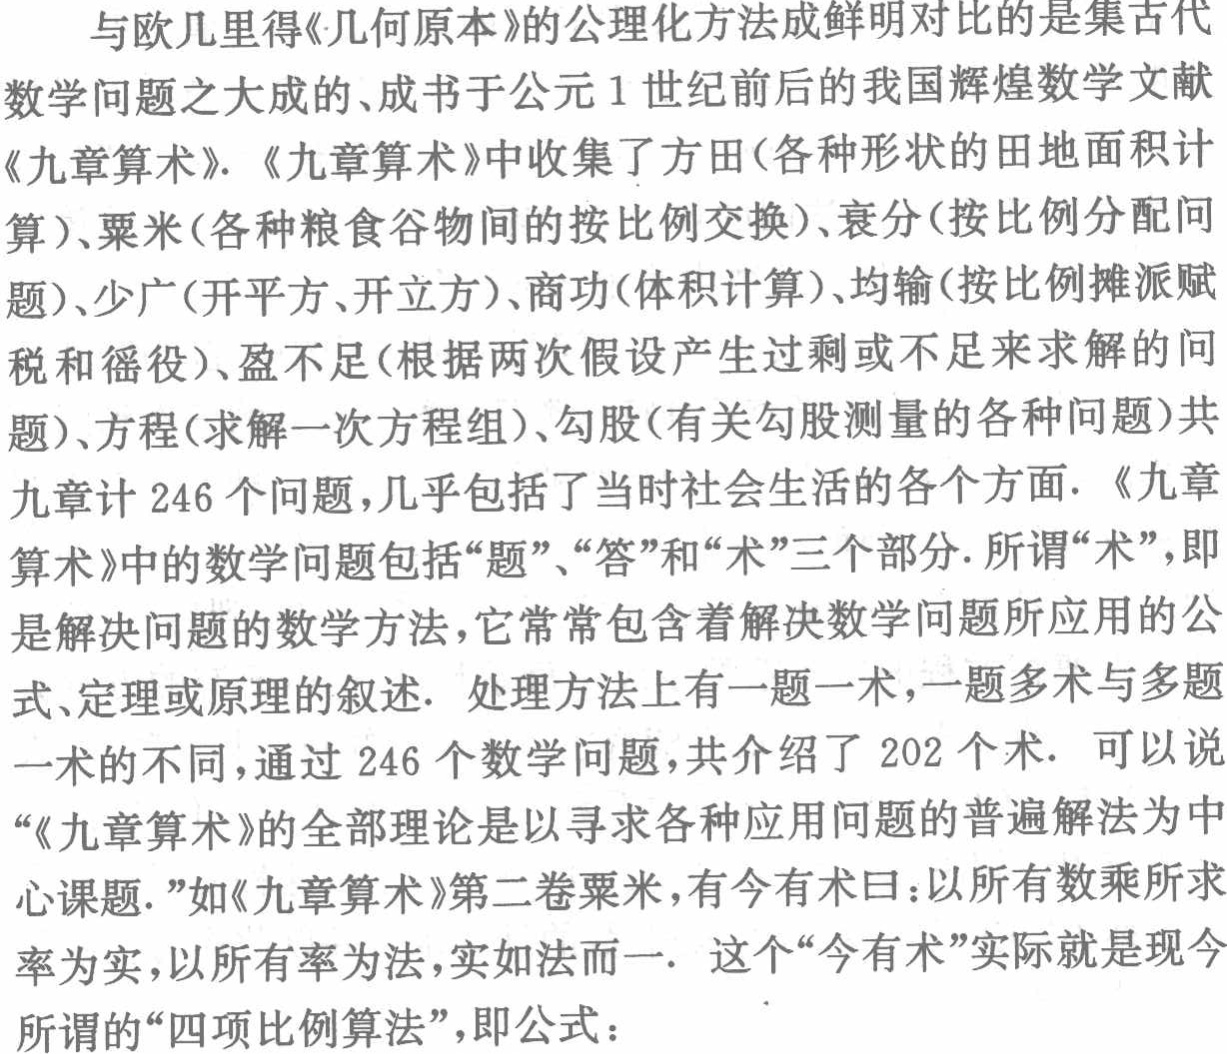
与欧几里得《几何原本》的公理化方法成鲜明对比的是集古代

数学问题之大成的、成书于公元1世纪前后的我国辉煌数学文献

《九章算术》. 《九章算术》中收集了方田(各种形状的田地面积计

算)、粟米(各种粮食谷物间的按比例交换)、衰分(按比例分配问

题)、少广(开平方、开立方)、商功(体积计算)、均输(按比例摊派赋

税和徭役)、盈不足(根据两次假设产生过剩或不足来求解的问

题)、方程(求解一次方程组)、勾股(有关勾股测量的各种问题)共

九章计246个问题，几乎包括了当时社会生活的各个方面. 《九章

算术》中的数学问题包括“题”、“答”和“术”三个部分. 所谓“术”，即

是解决问题的数学方法，它常常包含着解决数学问题所应用的公

式、定理或原理的叙述. 处理方法上有一题一术，一题多术与多题

一术的不同，通过246个数学问题，共介绍了202个术. 可以说

“《九章算术》的全部理论是以寻求各种应用问题的普遍解法为中

心课题.”如《九章算术》第二卷粟米，有今有术曰：以所有数乘所求

率为实，以所有率为法，实如法而一. 这个“今有术”实际就是现今

所谓的“四项比例算法”，即公式：